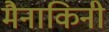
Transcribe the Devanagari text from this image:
मैनाकिनी